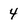
Character: 4